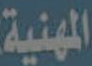
المهنية